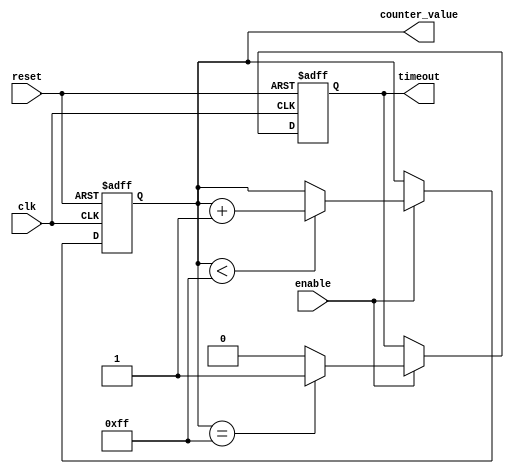
module memory_timeout_counter #(
    parameter COUNTER_WIDTH = 8,         // Width of the counter
    parameter TIMEOUT_THRESHOLD = 8'hFF   // Example threshold value for timeout
)(
    input wire clk,                       // Clock signal
    input wire reset,                     // Asynchronous reset signal
    input wire enable,                    // Enable signal to start counting
    output reg timeout,                   // Timeout output signal
    output reg [COUNTER_WIDTH-1:0] counter_value // Current counter value
);

    // Counter process
    always @(posedge clk or posedge reset) begin
        if (reset) begin
            // Reset the counter and timeout signal
            counter_value <= 0;
            timeout <= 0;
        end else if (enable) begin
            // Increment the counter when enabled
            if (counter_value < TIMEOUT_THRESHOLD) begin
                counter_value <= counter_value + 1;
            end
            
            // Check for timeout condition
            if (counter_value == TIMEOUT_THRESHOLD) begin
                timeout <= 1; // Assert timeout when threshold is reached
            end else begin
                timeout <= 0; // Deassert timeout otherwise
            end
        end
    end

endmodule